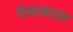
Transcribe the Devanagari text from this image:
पेशावरास